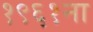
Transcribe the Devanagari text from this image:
१९६१ना